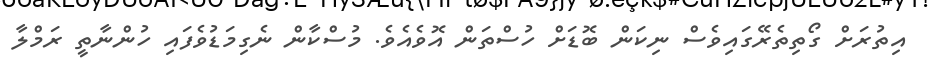
އިތުރަށް ގޯތިތެރޭގައިވެސް ނިކަން ބޮޑަށް ހުސްތަން އޮވެއެވެ. މުސްކާން ނެގިމަޑުވެފައި ހުންނާތީ ރަމްލާ